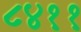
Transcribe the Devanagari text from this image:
८४११